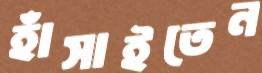
হাঁসাইতেন